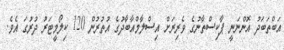
އަބްތަބަދު އޮންނަނީ ޕާކިސްތާނުގެ ވެރިރަށް އިސްލާމްއާބާދުގެ އުތުރުން 120 ކިލޯމީޓަރު ދުރުގަ އެވެ.